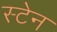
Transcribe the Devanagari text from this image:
स्‍टेन